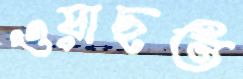
ওয়াছত